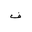
Letter: _fa